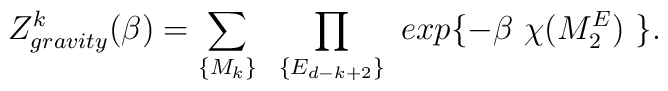
Z^{k}_{gravity}(\beta)  = \sum_{\{M_k\}}~ \prod_{\{ E_{d-k+2} \}}~ exp\{-\beta~\chi(M^{E}_{2})~\}.